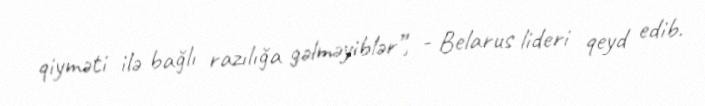
qiyməti ilə bağlı razılığa gəlməyiblər”, - Belarus lideri qeyd edib.